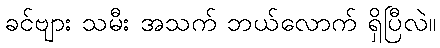
ခင်ဗျား သမီး အသက် ဘယ်လောက် ရှိပြီလဲ။